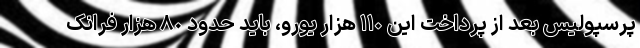
پرسپولیس بعد از پرداخت این ١١٠ هزار یورو، باید حدود ٨٠ هزار فرانک